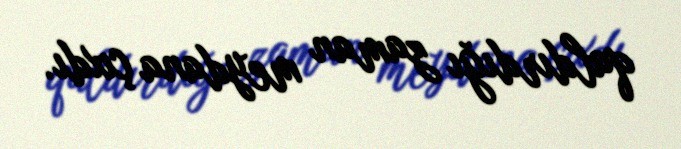
qaldırdığı zaman meydana çıxdı.